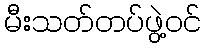
မီးသတ်တပ်ဖွဲ့ဝင်